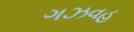
ગઝવહ